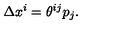
\Delta x ^ { i } = \theta ^ { i j } p _ { j } .